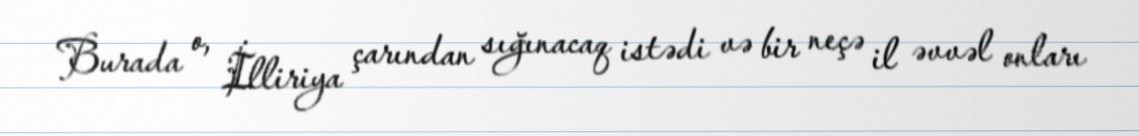
Burada o, İlliriya çarından sığınacaq istədi və bir neçə il əvvəl onları